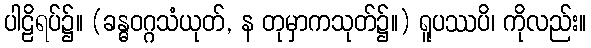
ပါဠိရပ်၌။ (ခန္ဓဝဂ္ဂသံယုတ်, န တုမှာကသုတ်၌။) ရူပဿပိ၊ ကိုလည်း။